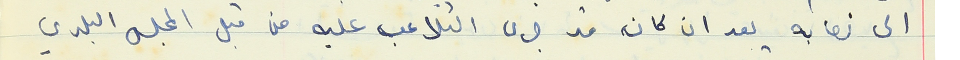
الى نصابه بعد ان كان قد جرى التلاعب عليه من قبل المجلس البلدي